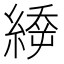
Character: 𦃉